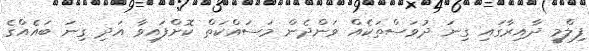
ފިލްމީ ދާއިރާގައި ގިނަ ދުވަސްތަކެއް ވަންދެން މަސައްކަތް ކޮށްފައިވާ އަދި ގިނަ ބައެއްގެ